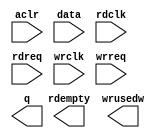
module exp_1x1_kernal_fifo (
	aclr,
	data,
	rdclk,
	rdreq,
	wrclk,
	wrreq,
	q,
	rdempty,
	wrusedw);

	input	  aclr;
	input	[63:0]  data;
	input	  rdclk;
	input	  rdreq;
	input	  wrclk;
	input	  wrreq;
	output	[31:0]  q;
	output	  rdempty;
	output	[7:0]  wrusedw;
`ifndef ALTERA_RESERVED_QIS
// synopsys translate_off
`endif
	tri0	  aclr;
`ifndef ALTERA_RESERVED_QIS
// synopsys translate_on
`endif

endmodule